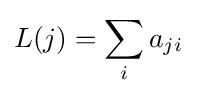
L(j)=\sum _{i}a_{ji}